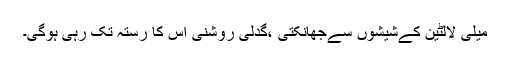
میلی لالٹین کےشیشوں سےجھانکتی ،گدلی روشنی اس کا رستہ تک رہی ہوگی۔